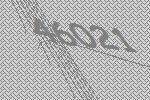
46021